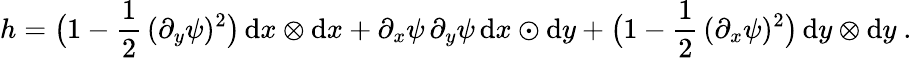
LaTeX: h=\big(1-\frac 12\, (\partial_{y}\psi)^{2}\big)\, \mathrm{d}x\otimes\mathrm{d}x+\partial_{x}\psi\, \partial_{y}\psi\, \mathrm{d}x\odot\mathrm{d}y+\big(1-\frac 12\, (\partial_{x}\psi)^{2}\big)\, \mathrm{d}y\otimes\mathrm{d}y\ .